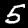
Label: 5